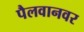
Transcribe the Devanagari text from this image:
पैलवानवर